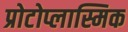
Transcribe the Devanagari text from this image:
प्रोटोप्लास्मिक